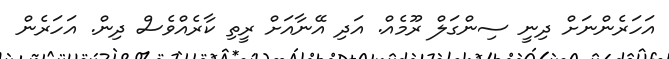
އަހަރެންނަށް ދިނީ ސިންގަލް ރޫމެއް. އަދި އޭނާއަށް ރީތި ކާރެއްވެސް ދިން. އަހަރެން